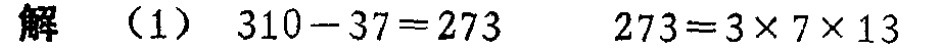
解 （1） \(310 - 37 = 273\) \(273 = 3\times7\times13\)